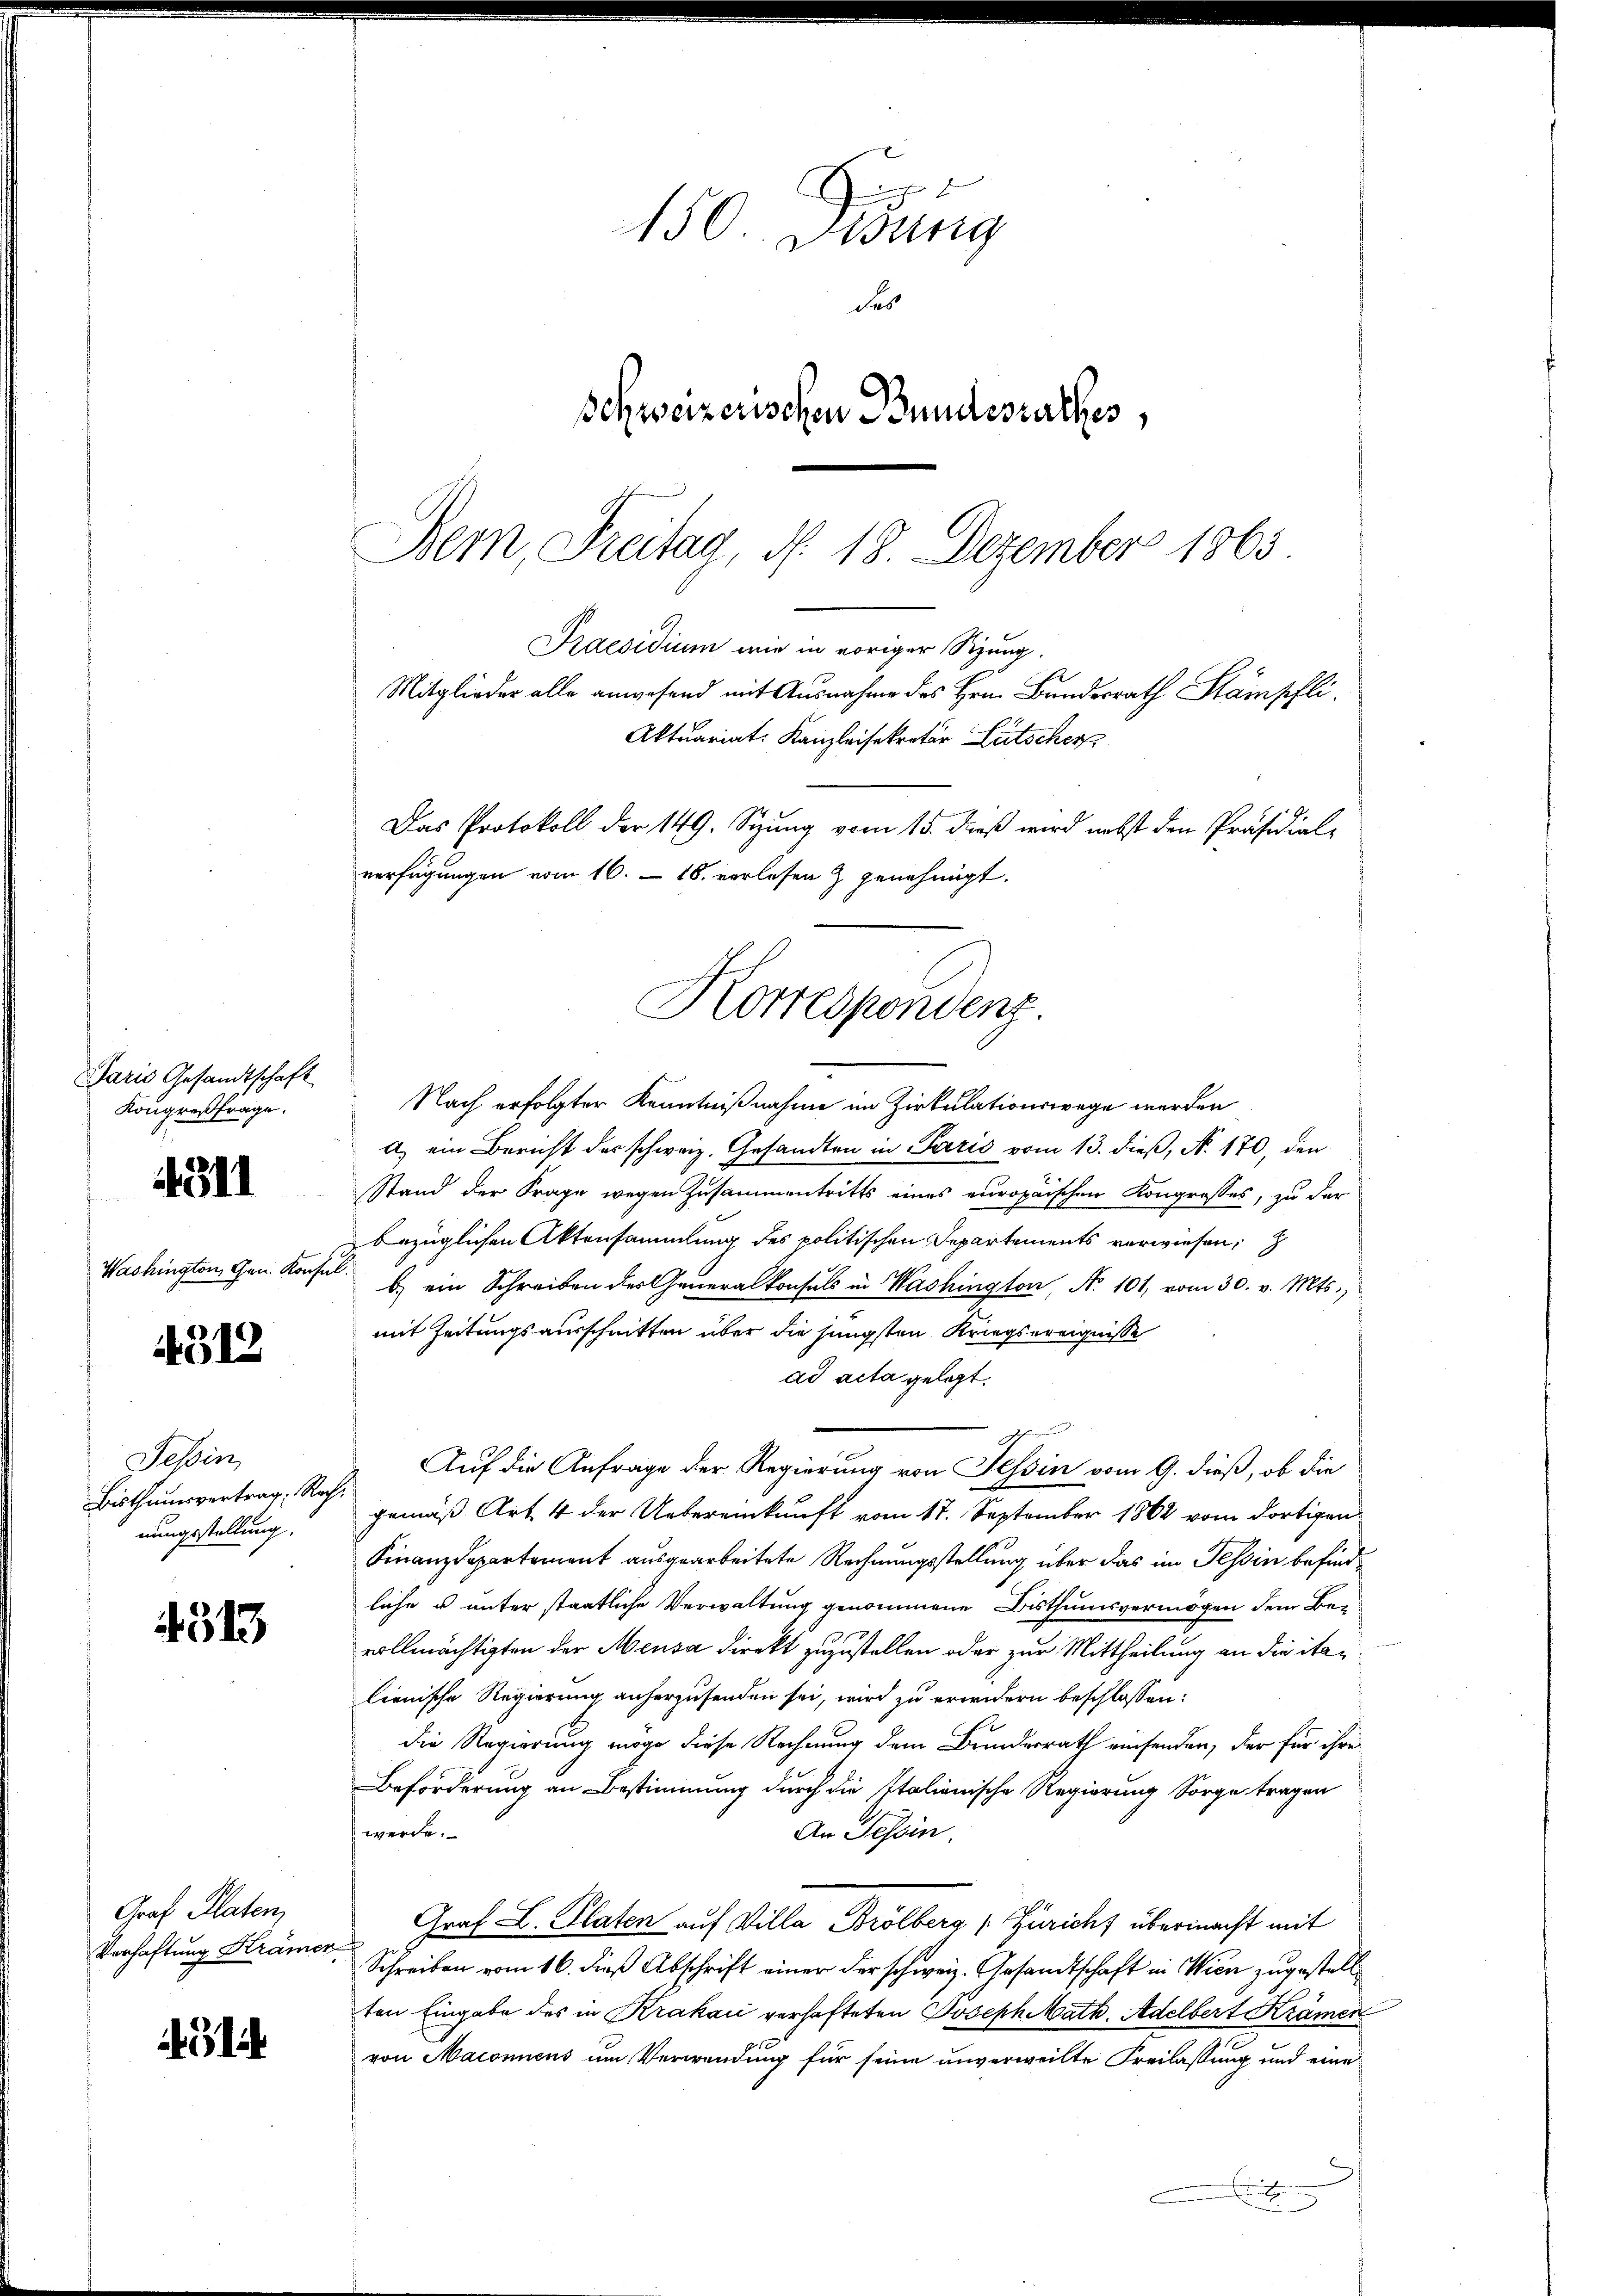
Paris Gesandtschaft
Kongreßfrage.

4311

Washington, Gen. Konsul

4312

Tessin,
Bisthumsvertrag: Rechnungsstellung.

4313

Graf Platen
Verhaftung Krämer

i

Zu
150. Jung
des
Schweizerischen Bundesrathes,
Dem Freitag, d. 18. Dezember 1863

Nach erfolgter Kenntnißnahme im Zirkulationswege werden
a) ein Bericht der schweiz. Gesandten in Paris vom 13. dieß, N. 170, den
2
Stand der Frage wegen Zusammentritts eines europaischen Kongresses, zu der
bezüglichen Aktensammlung des politischen Departements verwiesen,
b) ein Schreiben des Generalkonsuls in Washington, No 101, vom 30. v. Mts.,
mit Zeitungsausschnitten über die jüngsten Kriegsereignisse
ad acta gelegt.
Auf die Anfrage der Regierung von Tessin vom 9. dieß, ob die
gemäß Art 4 der Uebereinkunft vom 17. September 1862 vom dortigen
Finanzdepartement ausgearbeitete Rechnungsstellung über das im Tessin befindliche u unter staatliche Verwaltung genommene Bisthumsvermögen dem Bevollmächtigten der Meusa direkt zuzustellen oder zur Mittheilung an die italienische Regierung anherzusenden sei, wird zu erwidern beschlossen:
die Regierung möge diese Rechnung dem Bundesrath einsenden, der für ihre
Beförderung an Bestimmung durch die Italienische Regierung Sorge tragen
werde.
An Tessin
Graf L. Platen auf Villa Brölberg (Züricht übermacht mit
Schreiben vom 16. dieß Abschrift einer der schweiz. Gesandtschaft in Wien zugestell
ten Eingabe des in Krakaić verhafteten Joseph Math. Adelbert Krämer
von Maconuens um Verwendung für seine unverweilte Freilassung und eine
i

Praesidium wie in voriger Sitzung.
Mitglieder alle anwesend mit Ausnahme des Hrn. Bundesrath Stämpfli
Aktuariat Kanzleisekretär Lütscher
Das Protokoll der 149. Sizung vom 15. dieß wird nebst den Präsidial-
verfügungen vom 16. 18. verlesen & genehmigt.
Korrespondenz